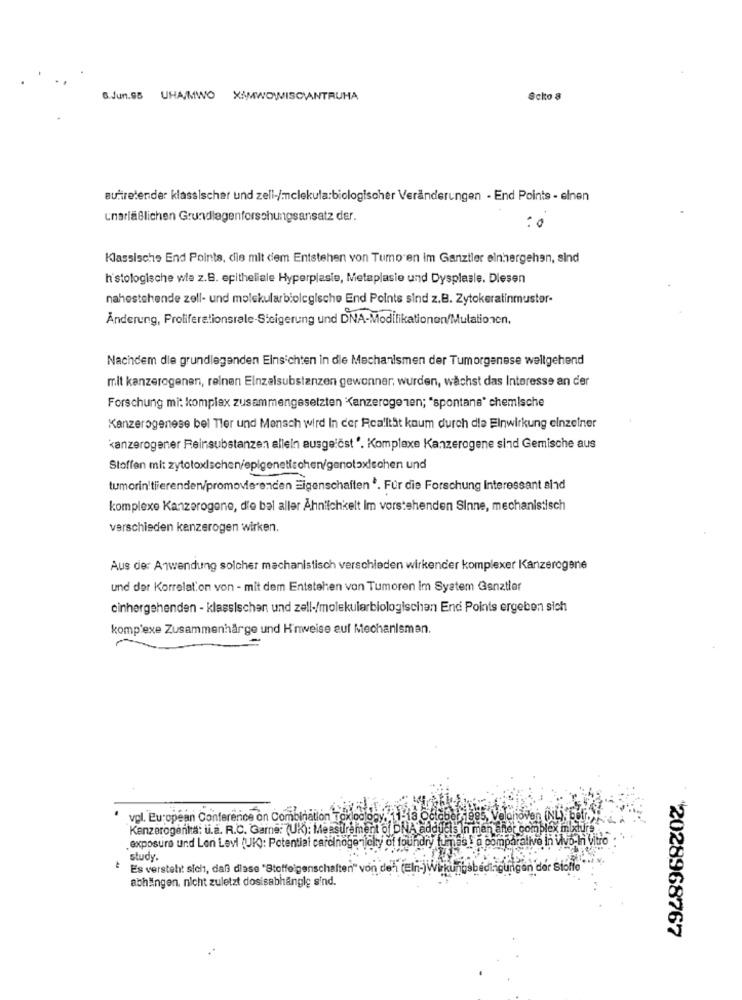
6.Jun.95 UHA/MWO XIMWOWISCANTRUHA
Salto 8
auftretender klassischer und zell-/mclekula:biologischer Veränderungen - End Points - elnen
unarläßlichen Grundlagenforschungsansatz der.
: 0
Klassische End Points, die mit ciem Entstehen von Tumo en im Ganziler einhergehen, sind
histologische wie z.B. epitheliale Hyperplasie, Metaplasie und Dysplasie. Diesen
nahestehende zell- und molekularbiologische End Points sind z.B. Zytokeratinmuster-
Ånderung, Proliferationsrele-Steigerung und DNA-Modifikationen/Mutationen,
Nachdem die grundlegenden Einsichten in die Mechanismen der Tumorgenese wellgehend
mit kanzerogenen, reinen Einzelsubstanzen gewonner, wurden, wächst das Interesse an der
Forschung mi: komplex zusammengesetzten Kanzerogenen; "spontane" chemische
Kanzerogenese bel Tler und Mensch wird In der Realität kaum durch die Einwirkung einzelner
kanzerogener Reinsubstanzen allein ausgelöst '. Komplexe Kanzerogene sind Gemische aus
Stoffen mit zytotoxischen/epigenetischen/genotoxischen und
tumorin'tiierenden/promovierenden Eigenschaften *. Für die Forschung Interessant alnd
komplexe Kanzerogone, die bal aller Ähnlichkeit Im vorstehenden Sinne, mechanistisch
verschieden kenzerogen wirken.
Aus der Anwendung solcher machanistisch verschieden wirkender komplexer Kanzerogene
und der Korrelation von - mit dem Entstehen von Tumoren im System Ganztier
einhergehenden - klassischen und zell-/molekularbiologischen End Points ergeben sich
komp'exe Zusammenhänge und Hinweise auf Mechanismen.
vol. European Conference on Combination Toxlodleg
lenovon (NL)
Kenzerogenta: u.a. R.C. Garne: (UK): Measurement of DNA addu
alsIn men anet complex ml
exposure und Lon Levi (UK): Potential carcinogencity of foundry fumas ! a comparative In Vivo-H vito :
study.
Es versteht sich, daß diase 'Stoffeigenschaften" von deh (ein-jw
an der Siofi
abhängen, nicht zuletzt dosisabhängig sind.
2028968767